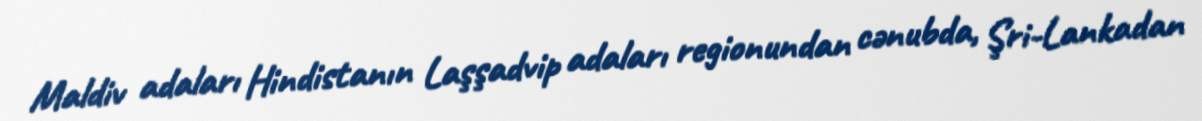
Maldiv adaları Hindistanın Laşşadvip adaları regionundan cənubda, Şri-Lankadan